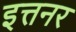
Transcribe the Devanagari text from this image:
इत्तनर